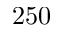
2 5 0